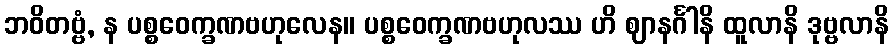
ဘဝိတဗ္ဗံ, န ပစ္စဝေက္ခဏဗဟုလေန။ ပစ္စဝေက္ခဏဗဟုလဿ ဟိ ဈာနင်္ဂါနိ ထူလာနိ ဒုဗ္ဗလာနိ